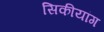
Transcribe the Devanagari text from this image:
सिकीयांग